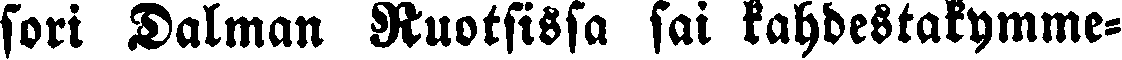
sori Dalman Ruotsissa sai kahdestakymme-